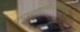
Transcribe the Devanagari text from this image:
कतुरमहरादीकाकैयीका